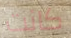
كانت